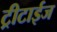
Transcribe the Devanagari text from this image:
ट्रीटाईज